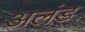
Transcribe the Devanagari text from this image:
अलंड